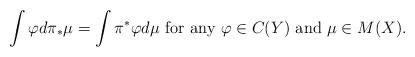
LaTeX: \begin{align*} \int\varphi d\pi_*\mu=\int\pi^*\varphi d\mu~\textrm{for any}~\varphi\in C(Y)~\textrm{and}~\mu\in M(X).\end{align*}